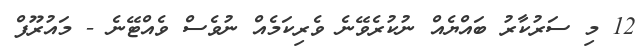
12 މި ސަރުކާރު ބައްޔެއް ނުކުރެވޭނެ ވެރިކަމެއް ނުވެސް ވެއްޓޭނެ - މައުރޫފް